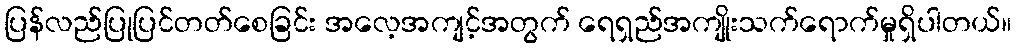
ပြန်လည်ပြုပြင်တတ်စေခြင်း အလေ့အကျင့်အတွက် ရေရှည်အကျိုးသက်ရောက်မှုရှိပါတယ်။